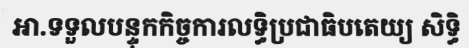
អា.ទទួលបន្ទុកកិច្ចការលទ្ធិប្រជាធិបតេយ្យ សិទ្ធិ